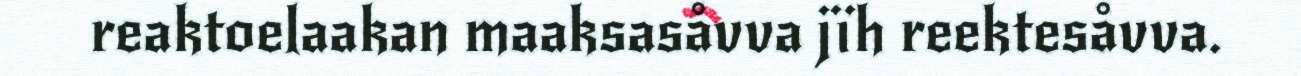
reaktoelaakan maaksasåvva jïh reektesåvva.